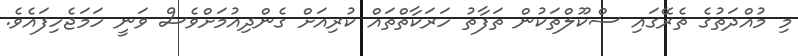
މި މުއްދަތުގެ ތެރޭގައި ސްކޫލްތަކުން ތަފާތު ހަރަކާތްތައް ކުރިއަށް ގެންދިއުމަށްވެސް ވަނީ ހަމަޖެހިފައެވެ.